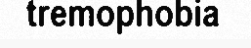
tremophobia